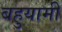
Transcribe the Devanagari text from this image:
बहुयामी